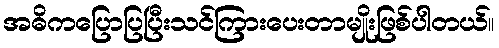
အဓိကပြောပြပြီးသင်ကြားပေးတာမျိုးဖြစ်ပါတယ်။